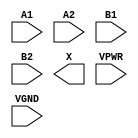
module sky130_fd_sc_hs__o22a (
    //# {{data|Data Signals}}
    input  A1  ,
    input  A2  ,
    input  B1  ,
    input  B2  ,
    output X   ,

    //# {{power|Power}}
    input  VPWR,
    input  VGND
);
endmodule